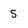
Character: 5